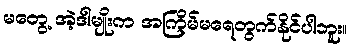
မတွေ့ အဲ့ဒါမျိုးက အကြိမ်မရေတွက်နိုင်ပါဘူး။